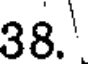
38.